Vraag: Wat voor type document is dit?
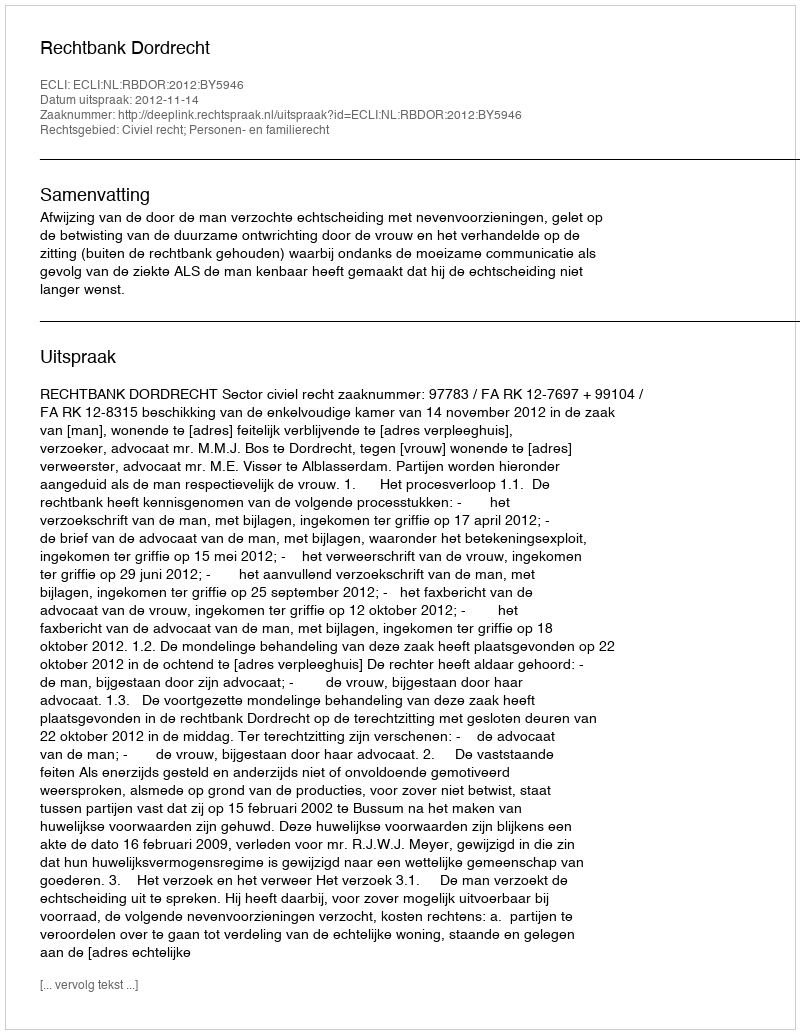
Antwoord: Uitspraak